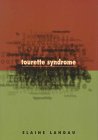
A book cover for Tourette Syndrome; Elaine Landau; Health, Fitness & Dieting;